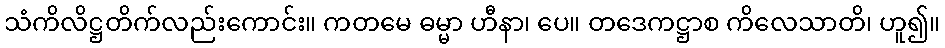
သံကိလိဋ္ဌတိက်လည်းကောင်း။ ကတမေ ဓမ္မာ ဟီနာ၊ ပေ။ တဒေကဋ္ဌာစ ကိလေသာတိ၊ ဟူ၍။